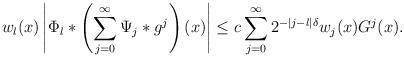
LaTeX: \begin{align*} w_l(x)\left|\Phi_l\ast\left(\sum_{j=0}^\infty\Psi_j\ast g^j\right)(x)\right|\leq c\sum_{j=0}^\infty2^{-|j-l|\delta}w_j(x)G^j(x).\end{align*}